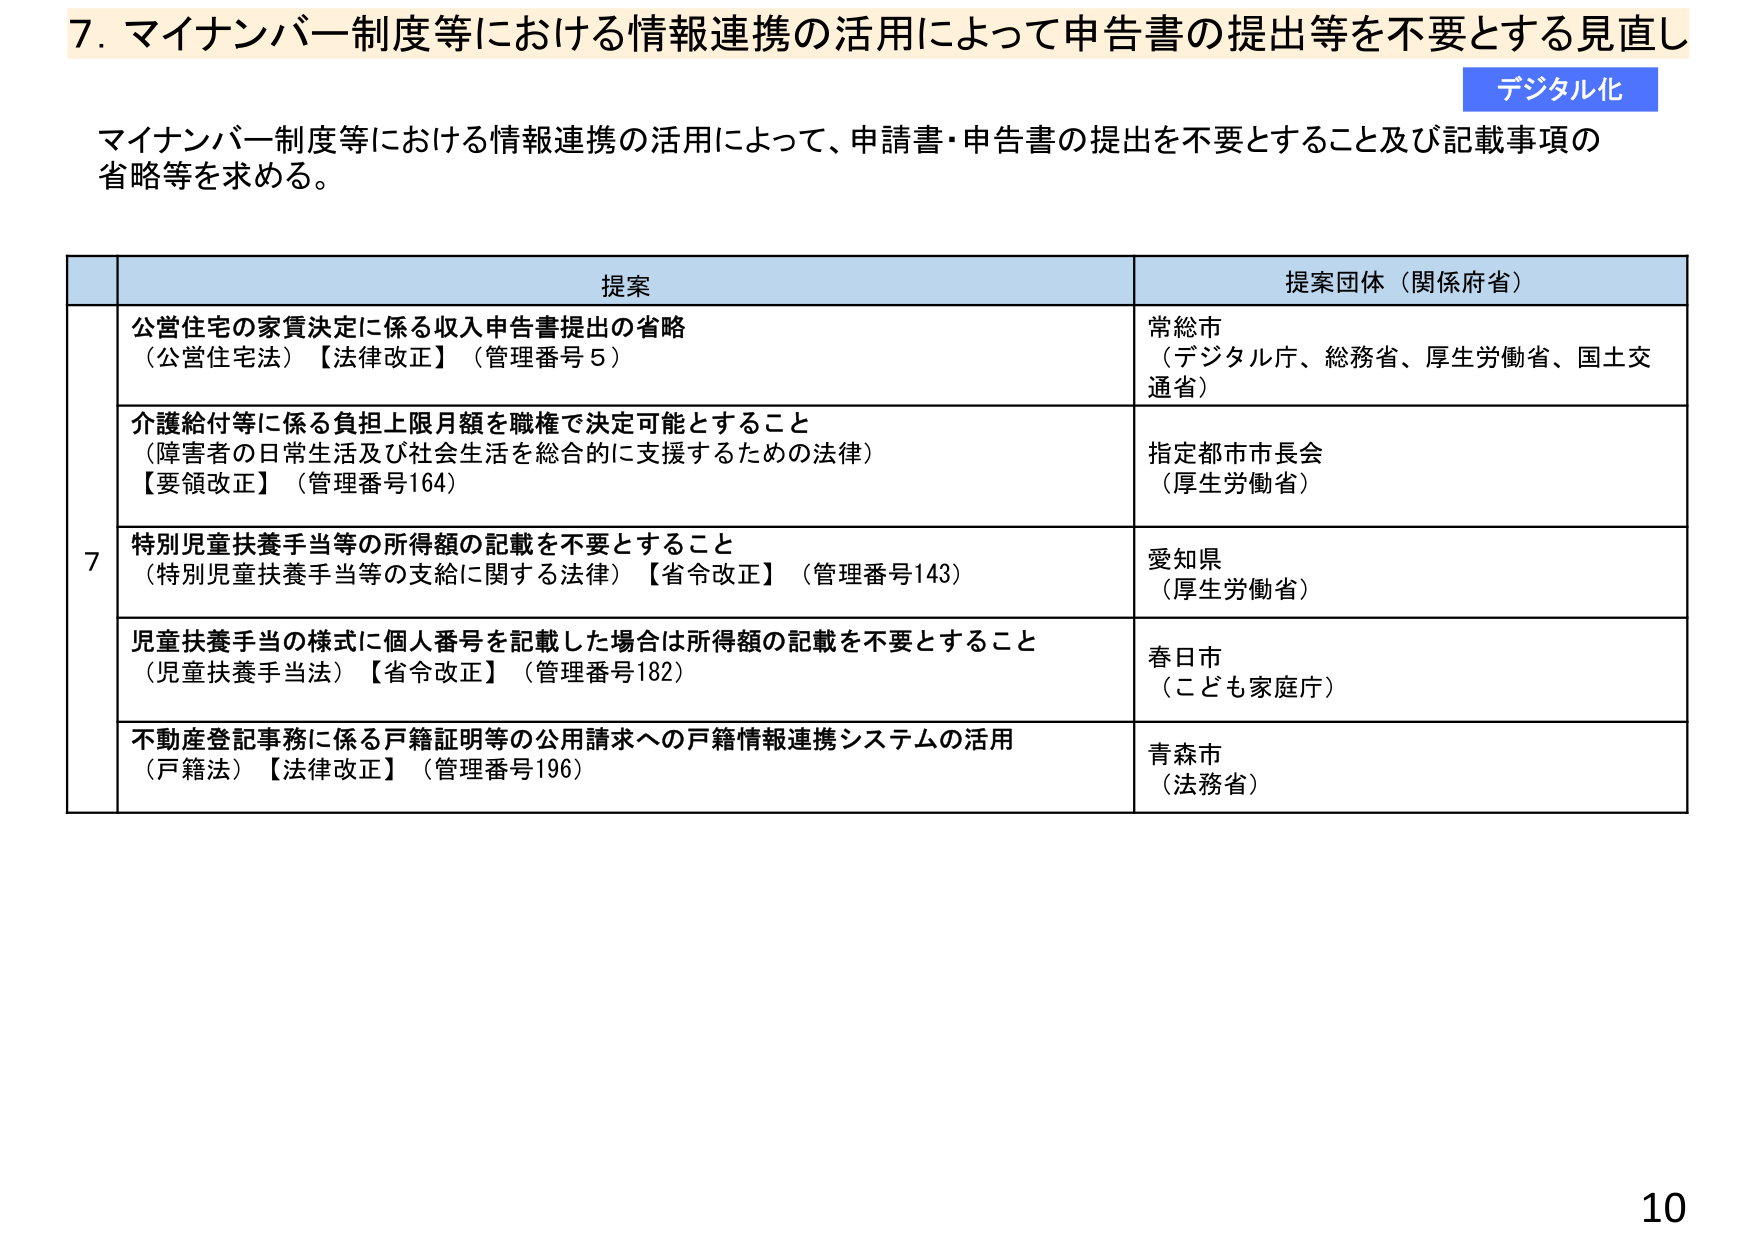
7. マイナンバー制度等における情報連携の活用によって申告書の提出等を不要とする見直し

デジタル化

マイナンバー制度等における情報連携の活用によって、申請書・申告書の提出を不要とすること及び記載事項の省略等を求める。

提案 提案団体（関係府省）

7 公営住宅の家賃決定に係る収入申告書提出の省略
（公営住宅法）【法律改正】（管理番号5）
常総市
（デジタル庁、総務省、厚生労働省、国土交通省）

介護給付等に係る負担上限月額を職権で決定可能とすること
（障害者の日常生活及び社会生活を総合的に支援するための法律）
【要領改正】（管理番号164）
指定都市市長会
（厚生労働省）

特別児童扶養手当等の所得額の記載を不要とすること
（特別児童扶養手当等の支給に関する法律）【省令改正】（管理番号143）
愛知県
（厚生労働省）

児童扶養手当の様式に個人番号を記載した場合は所得額の記載を不要とすること
（児童扶養手当法）【省令改正】（管理番号182）
春日市
（こども家庭庁）

不動産登記事務に係る戸籍証明等の公用請求への戸籍情報連携システムの活用
（戸籍法）【法律改正】（管理番号196）
青森市
（法務省）

10